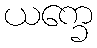
ယက္ခေ